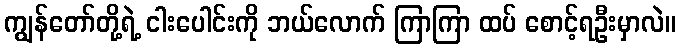
ကျွန်တော်တို့ရဲ့ ငါးပေါင်းကို ဘယ်လောက် ကြာကြာ ထပ် စောင့်ရဦးမှာလဲ။